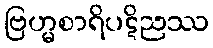
ဗြဟ္မစာရိပဋိညဿ